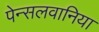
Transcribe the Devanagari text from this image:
पेन्सलवानिया